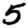
Digit: 5